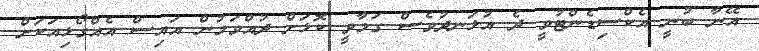
އޭނާ ބުނީ އެކްސިޑެންޓުވީ ދެ އުޅަނދުވެސް ގަމާވީ ކޮޅަށް ދުއްވަމުން އައިސް އެއްގޯޅިއަކަށް